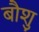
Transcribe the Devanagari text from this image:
बौशु